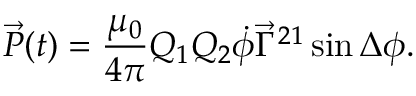
\vec { P } ( t ) = \frac { \mu _ { 0 } } { 4 \pi } Q _ { 1 } Q _ { 2 } \dot { \phi } \vec { \Gamma } ^ { 2 1 } \sin \Delta \phi .